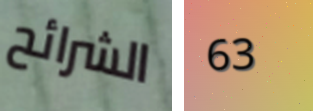
الشرائح 63